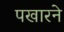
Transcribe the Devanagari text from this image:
पखारने